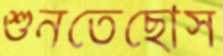
শুনতেছোস